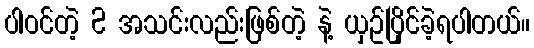
ပါဝင်တဲ့ 2 အသင်းလည်းဖြစ်တဲ့ နဲ့ ယှဥ်ပြိုင်ခဲ့ရပါတယ်။